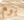
يوم